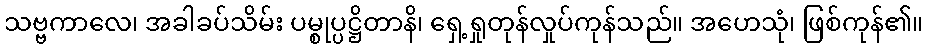
သဗ္ဗကာလေ၊ အခါခပ်သိမ်း ပမ္စုပ္ပဋ္ဌိတာနိ၊ ရှေ့ရှုတုန်လှုပ်ကုန်သည်။ အဟေသုံ၊ ဖြစ်ကုန်၏။